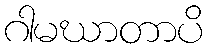
ဂါမဃာတာပိ